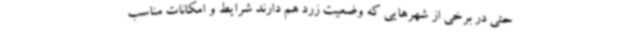
حتی در برخی از شهرهایی که وضعیت زرد هم دارند شرایط و امکانات مناسب